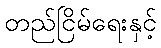
တည်ငြိမ်ရေးနှင့်